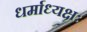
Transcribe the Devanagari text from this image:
धर्माध्यक्षः